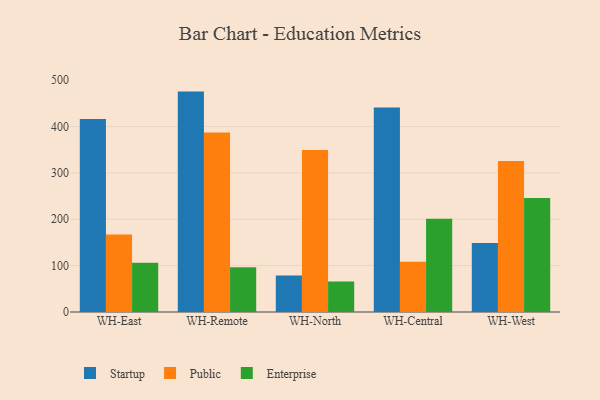
{"axis": {"x": "Warehouse", "y": "Net Income (USD K)"}, "legend": ["Enterprise", "Public", "Startup"], "data": [{"x": "WH-East", "y": 416.3, "type": "Startup"}, {"x": "WH-East", "y": 167.0, "type": "Public"}, {"x": "WH-East", "y": 106.3, "type": "Enterprise"}, {"x": "WH-Remote", "y": 475.2, "type": "Startup"}, {"x": "WH-Remote", "y": 386.9, "type": "Public"}, {"x": "WH-Remote", "y": 96.4, "type": "Enterprise"}, {"x": "WH-North", "y": 78.6, "type": "Startup"}, {"x": "WH-North", "y": 349.2, "type": "Public"}, {"x": "WH-North", "y": 65.8, "type": "Enterprise"}, {"x": "WH-Central", "y": 441.1, "type": "Startup"}, {"x": "WH-Central", "y": 108.6, "type": "Public"}, {"x": "WH-Central", "y": 201.0, "type": "Enterprise"}, {"x": "WH-West", "y": 148.8, "type": "Startup"}, {"x": "WH-West", "y": 325.4, "type": "Public"}, {"x": "WH-West", "y": 246.0, "type": "Enterprise"}]}